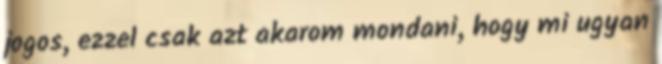
jogos, ezzel csak azt akarom mondani, hogy mi ugyan